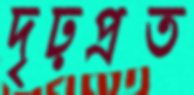
দৃঢ়প্রত